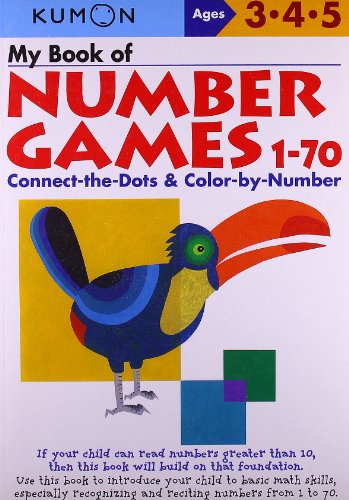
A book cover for My Book Of Number Games 1-70 (Kumon Workbooks); Test Preparation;